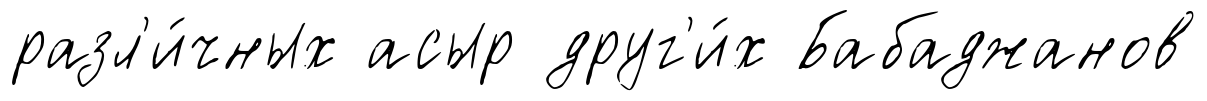
разл'и́чных асыр друг'и́х Бабаджанов